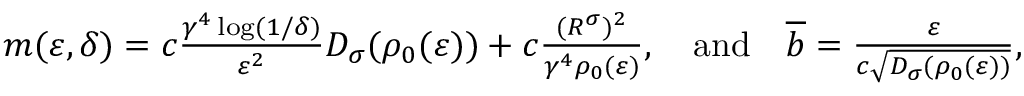
\begin{array} { r } { m ( \varepsilon , \delta ) = c \frac { \gamma ^ { 4 } \log ( 1 / \delta ) } { \varepsilon ^ { 2 } } D _ { \sigma } ( \rho _ { 0 } ( \varepsilon ) ) + c \frac { ( \ensuremath { R } ^ { \sigma } ) ^ { 2 } } { \gamma ^ { 4 } \rho _ { 0 } ( \varepsilon ) } , \quad \mathrm { a n d } \quad \overline { { b } } = \frac { \varepsilon } { c \sqrt { D _ { \sigma } ( \rho _ { 0 } ( \varepsilon ) ) } } , } \end{array}